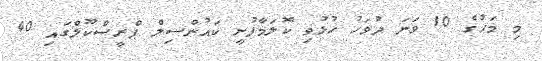
މި މަހުގެ 10 ވަނަ ދުވަހު ހުޅުވި ކޮލަމާފުށީ ކައުންސިލް ޕްރީސްކޫލްގައި 40